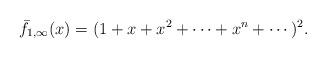
LaTeX: \begin{align*}\bar{f}_{1,\infty}(x)=(1+x+x^{2}+\cdots +x^{n}+\cdots)^{2}.\end{align*}